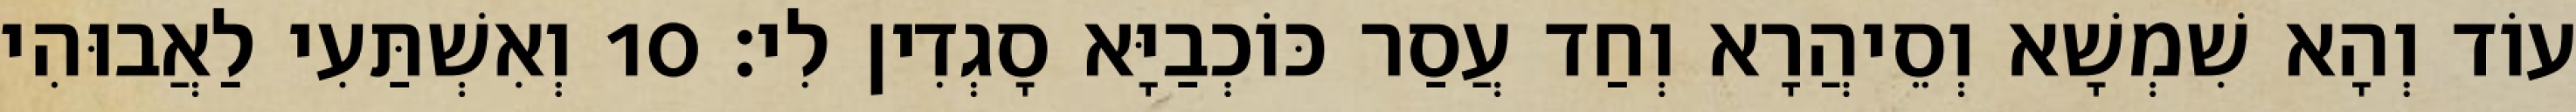
עוֹד וְהָא שִׁמְשָׁא וְסֵיהֲרָא וְחַד עֲסַר כּוֹכְבַיָּא סָגְדִין לִי׃ 10 וְאִשְׁתַּעִי לַאֲבוּהִי